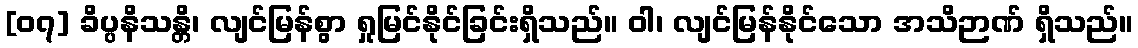
[၀၇] ခိပ္ပနိသန္တိ၊ လျင်မြန်စွာ ရှုမြင်နိုင်ခြင်းရှိသည်။ ဝါ၊ လျင်မြန်နိုင်သော အသိဉာဏ် ရှိသည်။